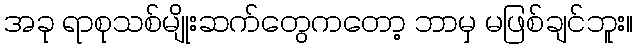
အခု ရာစုသစ်မျိုးဆက်တွေကတော့ ဘာမှ မဖြစ်ချင်ဘူး။